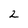
Character: 2